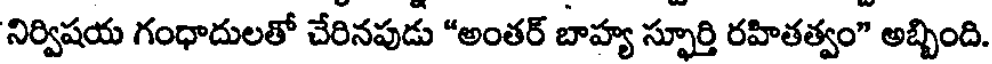
నిర్విషయ గంధాదులతో చేరినపుడు "అంతర్ బాహ్య స్ఫూర్తి రహితత్వం" అబ్బింది.